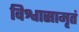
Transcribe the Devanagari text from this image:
विश्वासामृतं